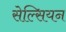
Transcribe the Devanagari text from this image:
सेल्सियन